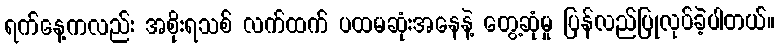
ရက်နေ့ကလည်း အစိုးရသစ် လက်ထက် ပထမဆုံးအနေနဲ့ တွေ့ဆုံမှု ပြန်လည်ပြုလုပ်ခဲ့ပါတယ်။